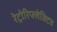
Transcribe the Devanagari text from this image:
रेट्रोरिफ्लेक्टिव